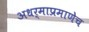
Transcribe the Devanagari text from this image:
अधर्माप्रमाणेच